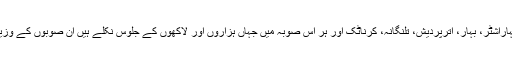
ان کو اگر شک ہے تو مہاراشٹر، بہار، اترپردیش، تلنگانہ، کرناٹک اور ہر اس صوبہ میں جہاں ہزاروں اور لاکھوں کے جلوس نکلے ہیں ان صوبوں کے وزیراعلیٰ سے معلوم کرلیں۔